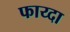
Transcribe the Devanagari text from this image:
फाय्दा